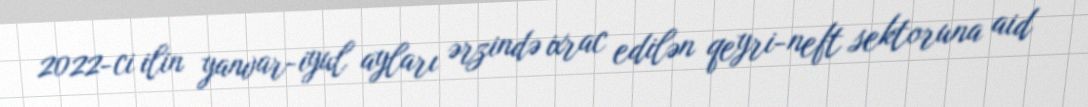
2022-ci ilin yanvar-iyul ayları ərzində ixrac edilən qeyri-neft sektoruna aid